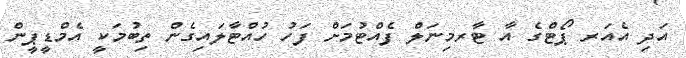
އަދި އެއަރ ޕޯޓްގެ އާ ޓާރމިނަލް ފެއްޓުމަށް ފަހު ހުއްޓާލައިގެން ތިބުމަކީ އެމްޑީޕީން